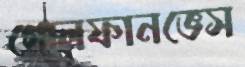
গোলফানভেস